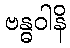
ဗန္ဓဝါနိ